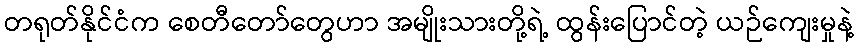
တရုတ်နိုင်ငံက စေတီတော်တွေဟာ အမျိုးသားတို့ရဲ့ ထွန်းပြောင်တဲ့ ယဉ်ကျေးမှုနဲ့